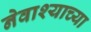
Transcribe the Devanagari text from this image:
नेवाश्याच्या